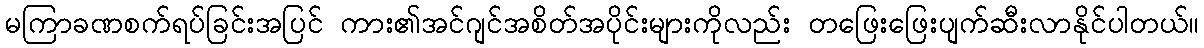
မကြာခဏစက်ရပ်ခြင်းအပြင် ကား၏အင်ဂျင်အစိတ်အပိုင်းများကိုလည်း တဖြေးဖြေးပျက်ဆီးလာနိုင်ပါတယ်။